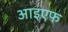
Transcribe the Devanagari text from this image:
आइएफ